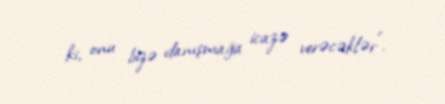
ki, onu bizə danışmağa icazə verəcəklər”.